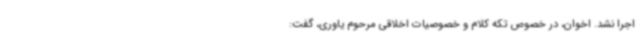
اجرا نشد. اخوان، در خصوص تکه کلام و خصوصیات اخلاقی مرحوم یاوری، گفت: